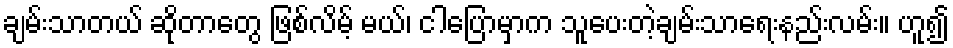
ချမ်းသာတယ် ဆိုတာတွေ ဖြစ်လိမ့် မယ်၊ ငါပြောမှာက သူပေးတဲ့ချမ်းသာရေးနည်းလမ်း။ ဟူ၍